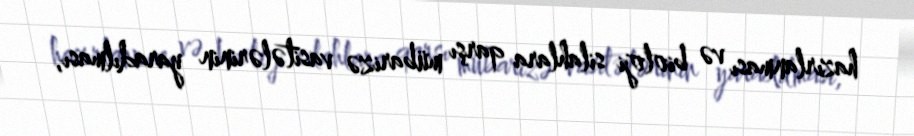
hazırlanması və bioloji silahlara qarşı mübarizə vasitələrinin yaradılması,